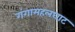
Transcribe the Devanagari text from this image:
गंगामहलघाट